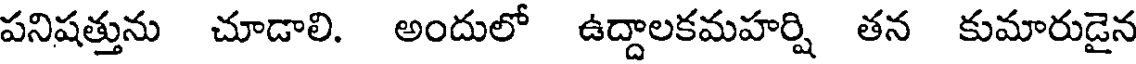
పనిషత్తును చూడాలి. అందులో ఉద్దాలకమహర్షి తన కుమారుడైన